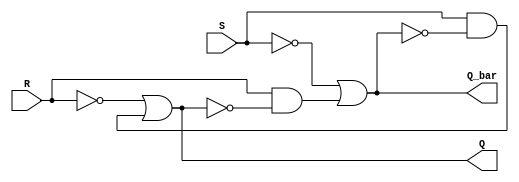
module sr_latch (
    input S,
    input R,
    output Q,
    output Q_bar
);

wire internal_Q, internal_Q_bar;

assign internal_Q = ~R | (S & ~internal_Q_bar);
assign internal_Q_bar = ~S | (R & ~internal_Q);

assign Q = internal_Q;
assign Q_bar = internal_Q_bar;

endmodule